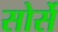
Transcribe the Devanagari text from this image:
सोर्से